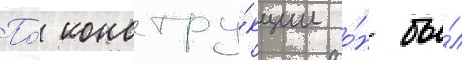
По́ констру́кции о́н бы́л